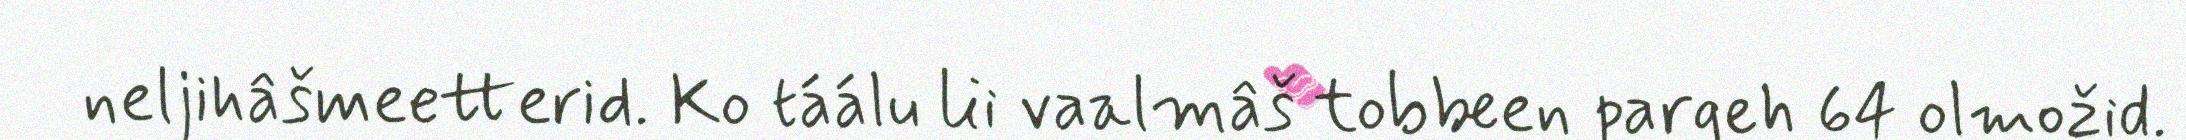
neljihâšmeetterid. Ko táálu lii vaalmâš tobbeen pargeh 64 olmožid.